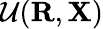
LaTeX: {\cal U}({\mathbf R},{\mathbf X})